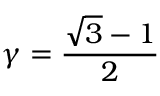
\gamma = \frac { \sqrt { 3 } - 1 } { 2 }